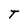
Character: T